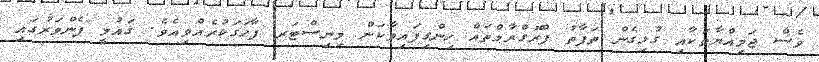
ވެސް ޖަމިއްޔާތަކާއި ގުޅިގެން ތަފާތު ޕްރޮގްރާމްތައް ހިންގިފައިވާކަން މިނިސްޓަރ ފާހަގަކުރެއްވިއެވެ. ގައުމީ ފެންވަރުގައި